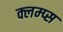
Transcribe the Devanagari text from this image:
क्लम्प्स